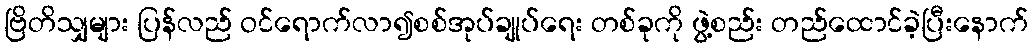
ဗြိတိသျှများ ပြန်လည် ဝင်ရောက်လာ၍စစ်အုပ်ချုပ်ရေး တစ်ခုကို ဖွဲ့စည်း တည်ထောင်ခဲ့ပြီးနောက်